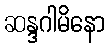
ဆန္ဒဂါမိနော